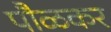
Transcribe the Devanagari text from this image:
पौळकर